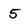
Character: 5